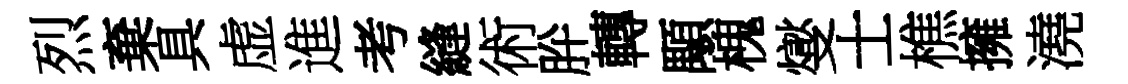
烈棄具虚進考縫術肸轉顒槐燮士樵擁澆